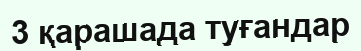
3 қарашада туғандар